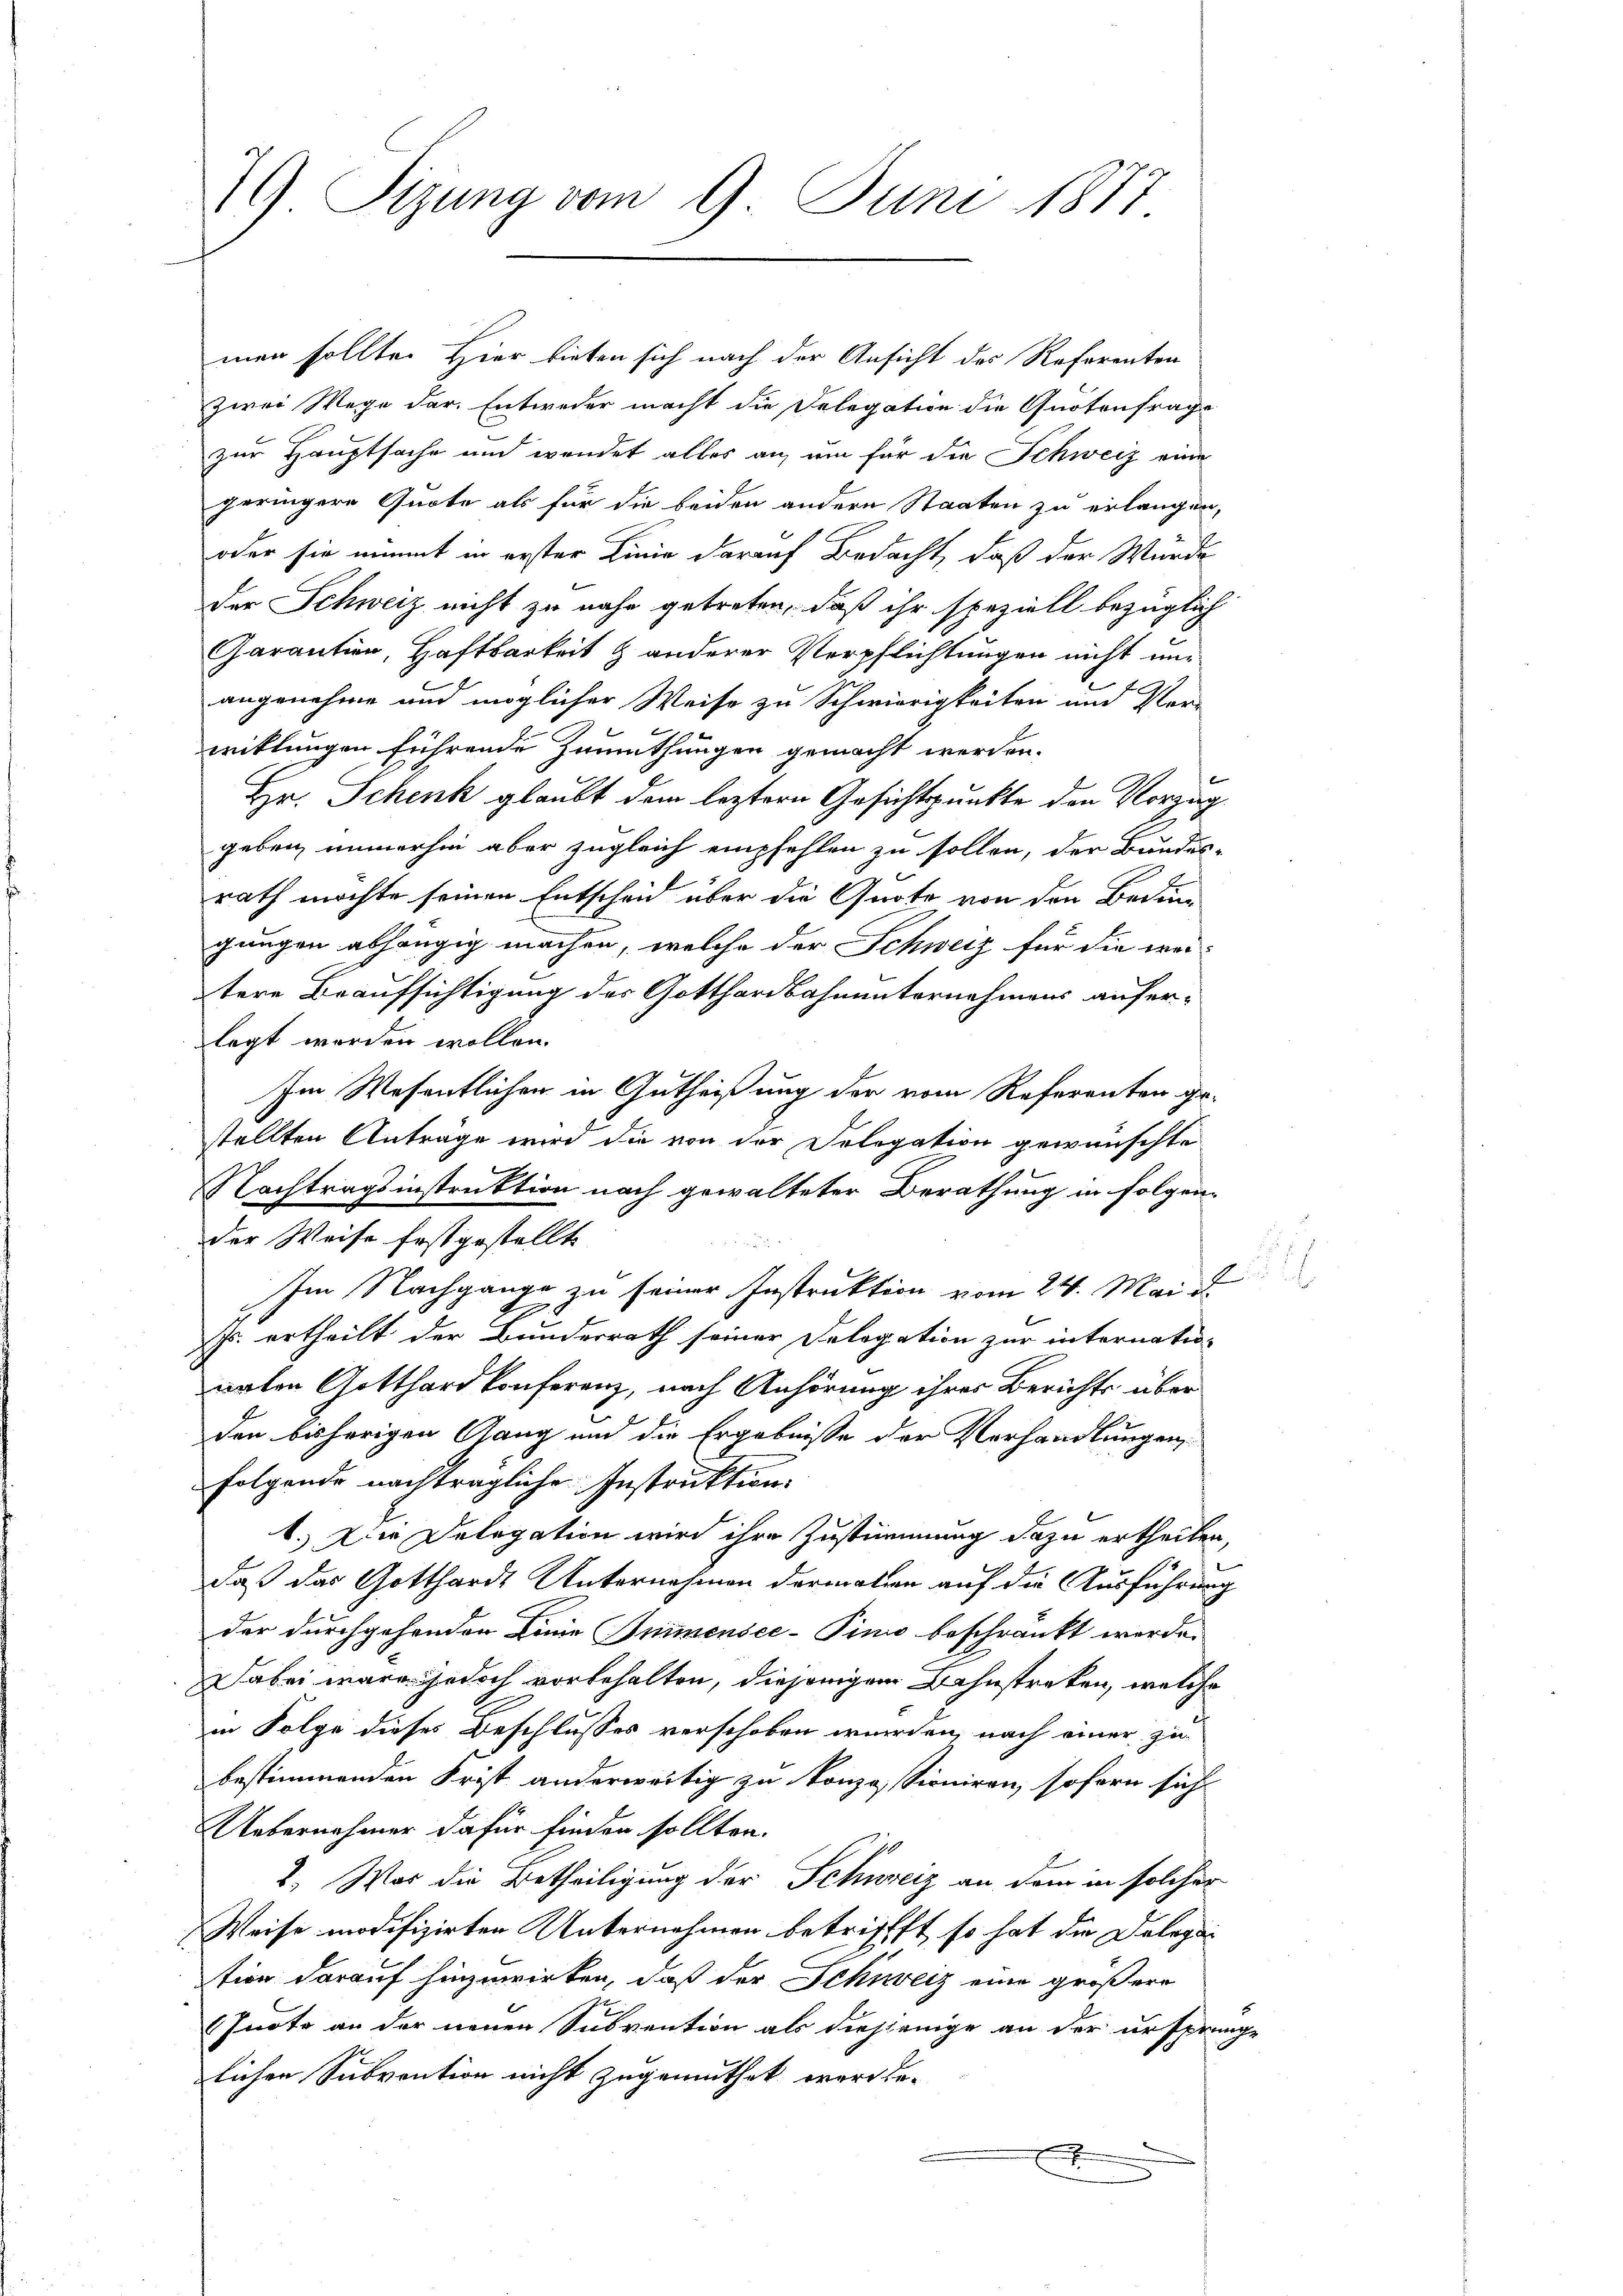
79) Sizung vom 9. Juni 1877

men sollte. Hier bieten sich nach der Ansicht des Referenten
zwei Wege dar. Entweder macht die Delegation die Quotenfrage
zur Hauptsache und wendet alles an, um für die Schweiz eine
geringere Quote als für die beiden andern Staaten zu erlangen,
oder sie nimmt in erster Linie darauf Bedacht, daß der Würde
der Schweiz nicht zu nahe getreten, daß ihr speziell bezüglich
Garantien, Haftbarkeit & anderer Verpflichtungen nicht unangenehme und möglicher Weise zu Schwierigkeiten und Ver-
wiklungen führende Zumuthungen gemacht werden.
Hr. Schenk glaubt dem leztern Gesichtspunkte den Vorzug
geben immerhin aber zugleich empfehlen zu sollen, der Bundes-
rath möchte seinen Entscheid über die Quote von den Bedin
gungen abhängig machen, welche der Schweiz für die wei-
tere Beaufsichtigung des Gotthardbahnunternahmens auferlegt werden wollen.
Im Wesentlichen in Gutheißung der vom Referenten ge-
stellten Anträge wird die von der Delegation gewünschte
Nachtragsinstruktion nach gewalteter Berathung in folgen-
der Weise festgestellt.

Im Nachgange zu seiner Instruktion vom 24. Mai
Js. ertheilt der Bunderrath seiner Delegation zur internatio-
arten Gotthard konferenz, nach Anhörung ihres Berichts über
den bisherigen Gang und die Ergebnisse der Verhandlungen,
folgende nachträgliche Instruktion.
1. Die Delegation wird ihre Zustimmung dazu ertheilen,
daß das Gotthardt Unternehmen dermation auf die Ausführung
der durchgehenden Linie Inimensee–Pino beschränkt werde.
Dabei wäre jedoch vorbehalten, diejenigem Bahnstreken, welche
in Folge dieses Beschlusses verschoben wurden, nach einer zu
bestimmenden Frist anderweitig zu konzessioniren, sofern sich
Uebernehmer dafür finden sollten.
2. Was die Betheiligung der Schweiz an dem in solcher
Weise modifizirten Unternehmen betriffft, so hat die Dolegation darauf hinzuwirken, daß der Schweiz eine größere
Inote an der neuen Subvention als diesjenige an der ursprin
lichen Subvention nicht zugemuthet werde.
f
e